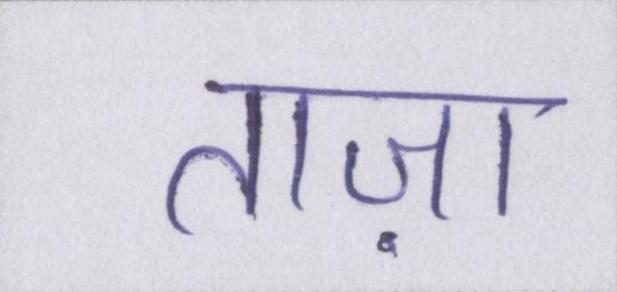
ताज़ा